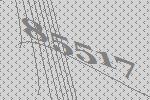
85517